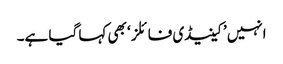
انہیں ’کینیڈی فائلز‘ بھی کہا گیا ہے۔